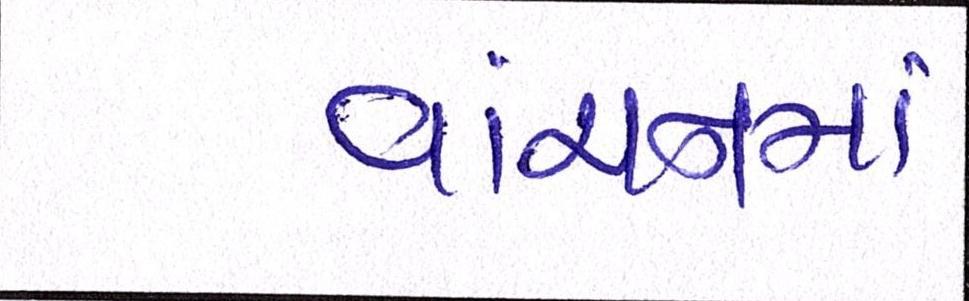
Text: વાંચનમાં